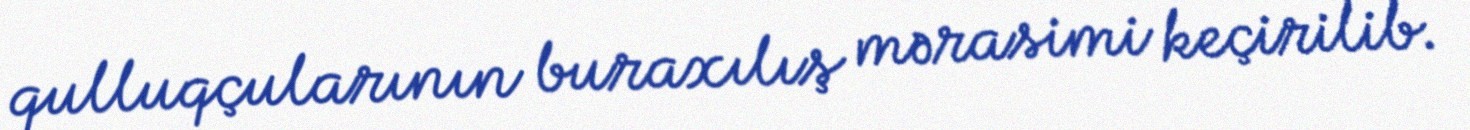
qulluqçularının buraxılış mərasimi keçirilib.